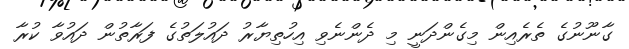
ގާނޫނުގެ ތެރެއިން މިގެންދަނީ މި ދެންނެވި އިހުތިޔާރު ދައުލަތުގެ ފަރާތުން ދައުވާ ކުރާ